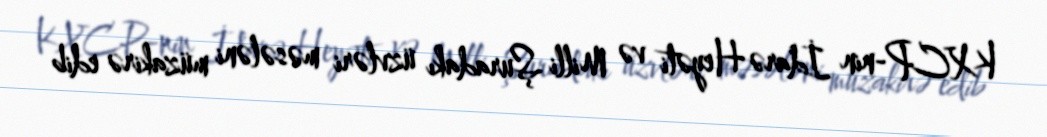
KXCP-nin İdarə Heyəti və Milli Şuradakı üzvləri məsələni müzakirə edib